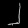
Digit: ၂